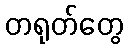
တရုတ်တွေ